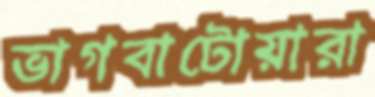
ভাগবাটোয়ারা